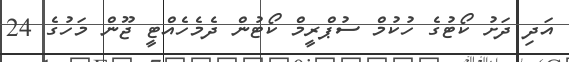
އަދި ދަށު ކޯޓުގެ ހުކުމް ސުޕްރީމް ކޯޓުން ދެމެހެއްޓީ ޖޫން މަހުގެ 24